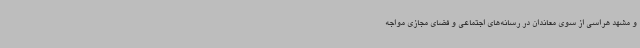
و مشهد هراسی از سوی معاندان در رسانه‌های اجتماعی و فضای مجازی مواجه